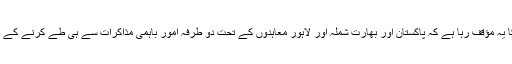
بھارت کا یہ مؤقف رہا ہے کہ پاکستان اور بھارت شملہ اور لاہور معاہدوں کے تحت دو طرفہ امور باہمی مذاکرات سے ہی طے کرنے کے پابند ہیں۔